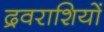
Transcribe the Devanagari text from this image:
द्रवराशियों